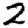
Digit: 2